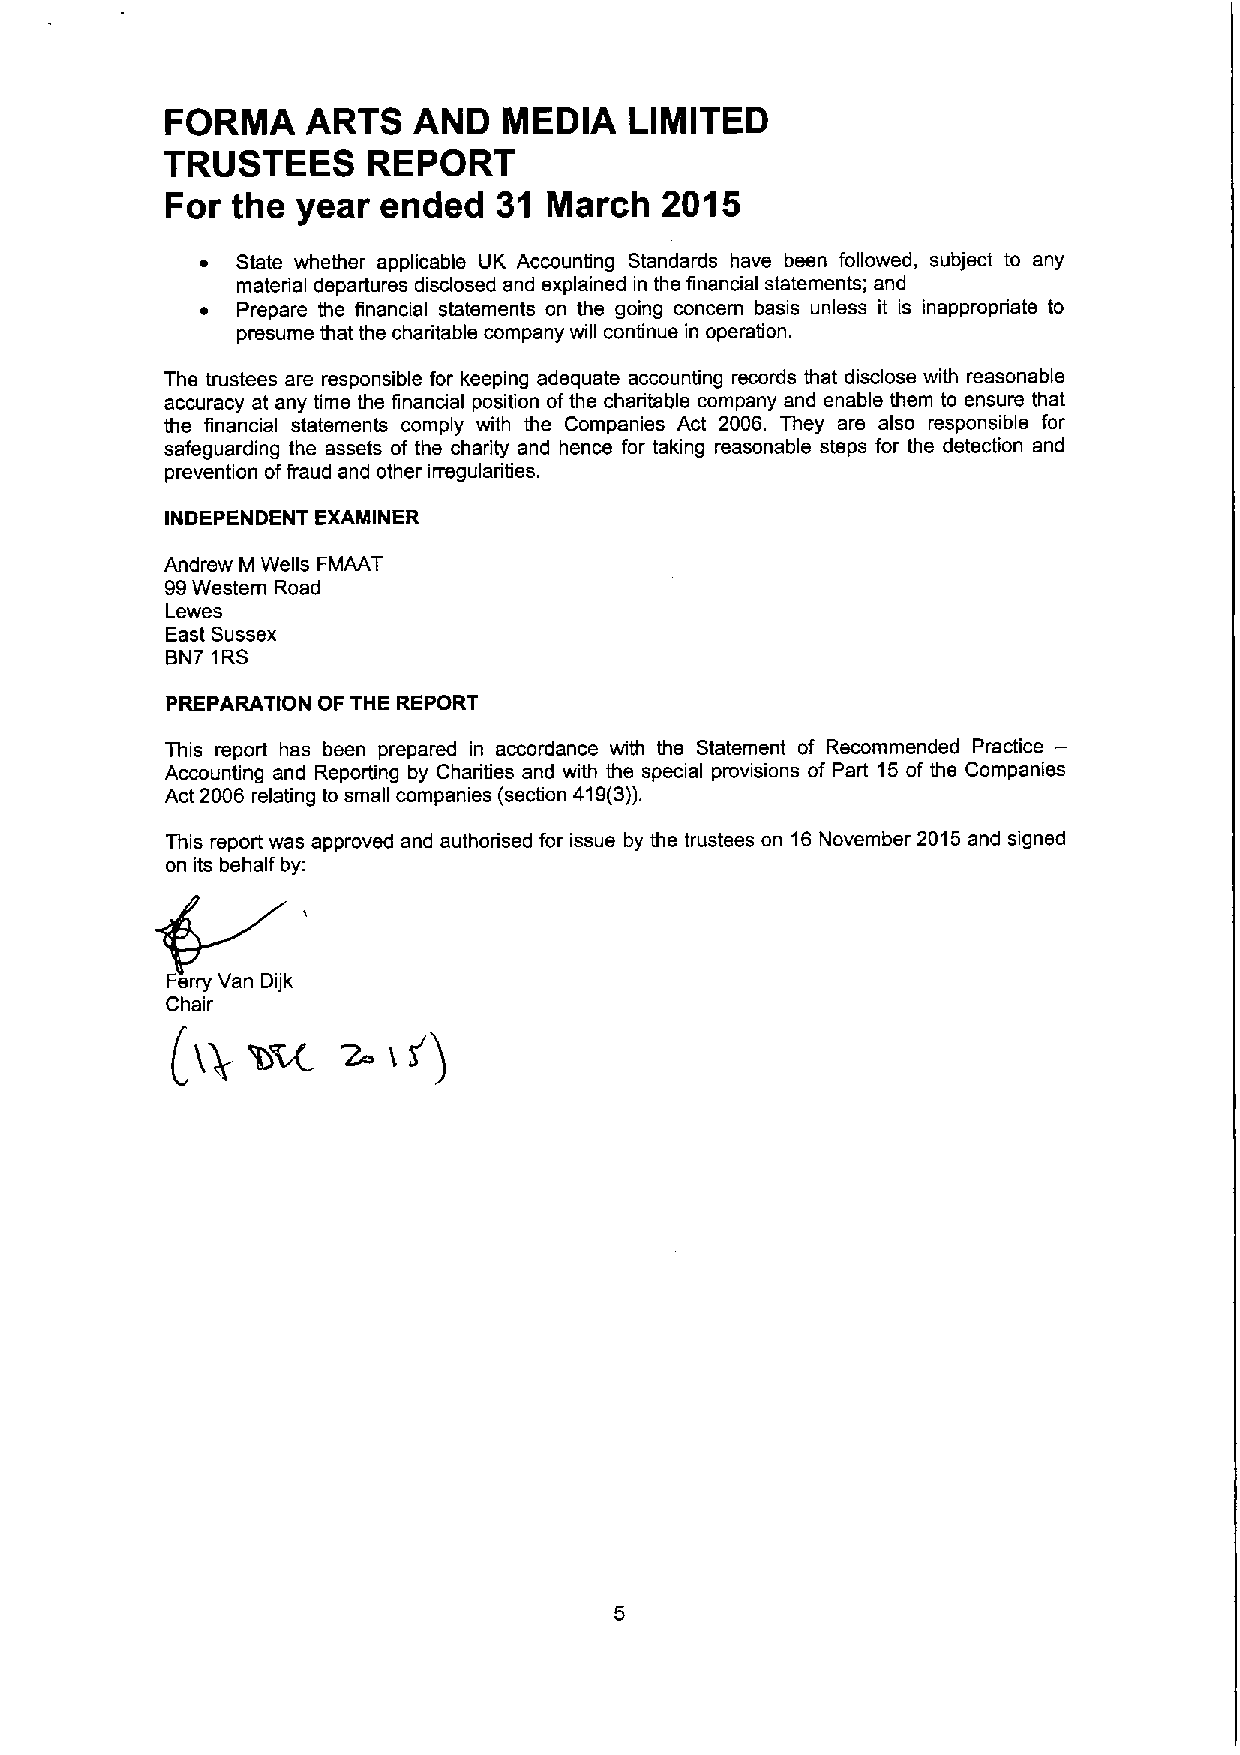
FORMA    ARTS   AND   MEDIA    LIMITED
 TRUSTEES     REPORT
 For the  year ended   31 March   2015
 ~  State whether applicable UK Accounting Standards have been followed, subject to any
 material departures disclosed and explained in the financial statements; and
 ~  Prepare the financial statements on the going concern basis unless it is inappropriate to
 presume that the charitable company will continue in operation.
 The trustees are responsible for keeping adequate accounting records that disclose with reasonable
 accuracy at any time the financial position ofthe charitable company and enable them to ensure that
 the financial statements comply with the Companies Act 2006. They are also responsible for
 safeguarding the assets of the charity and hence for taking reasonable steps for the detection and
 prevention offraud and other irregularities.
 INDEPENDENT EXAIyiINER
 Andrew M Wells FMAAT
 99Western Road
 Lewes
 East Sussex
 BNT 1RS
 PREPARATION OF THE REPORT
 This report has been prepared in accordance with the Statement of Recommended Practice—
 Accounting and Reporting by Charities and with the special provisions of Part 15of the Companies
 Act 2006 relating to small companies (section 419(3)).
 This report was approved and authorised for issue by the trustees on 16November 2015 and signed
 on its behalf by:
 Chair
 (tp  'bcL   2  if)